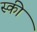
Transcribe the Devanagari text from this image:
स्‍की